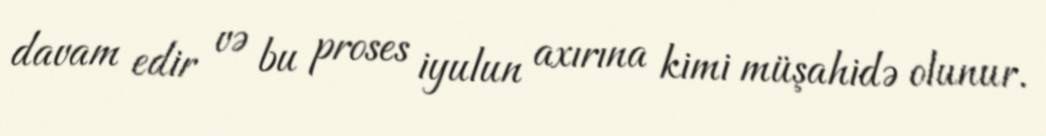
davam edir və bu proses iyulun axırına kimi müşahidə olunur.